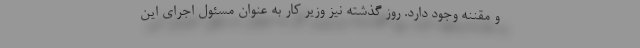
و مقننه وجود دارد. روز گذشته نیز وزیر کار به عنوان مسئول اجرای این